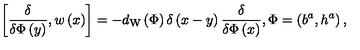
\left[ \frac \delta { \delta \Phi \left( y \right) } , w \left( x \right) \right] = - d _ { \mathrm { W } } \left( \Phi \right) \delta \left( x - y \right) \frac \delta { \delta \Phi \left( x \right) } , \Phi = \left( b ^ { a } , h ^ { a } \right) ,